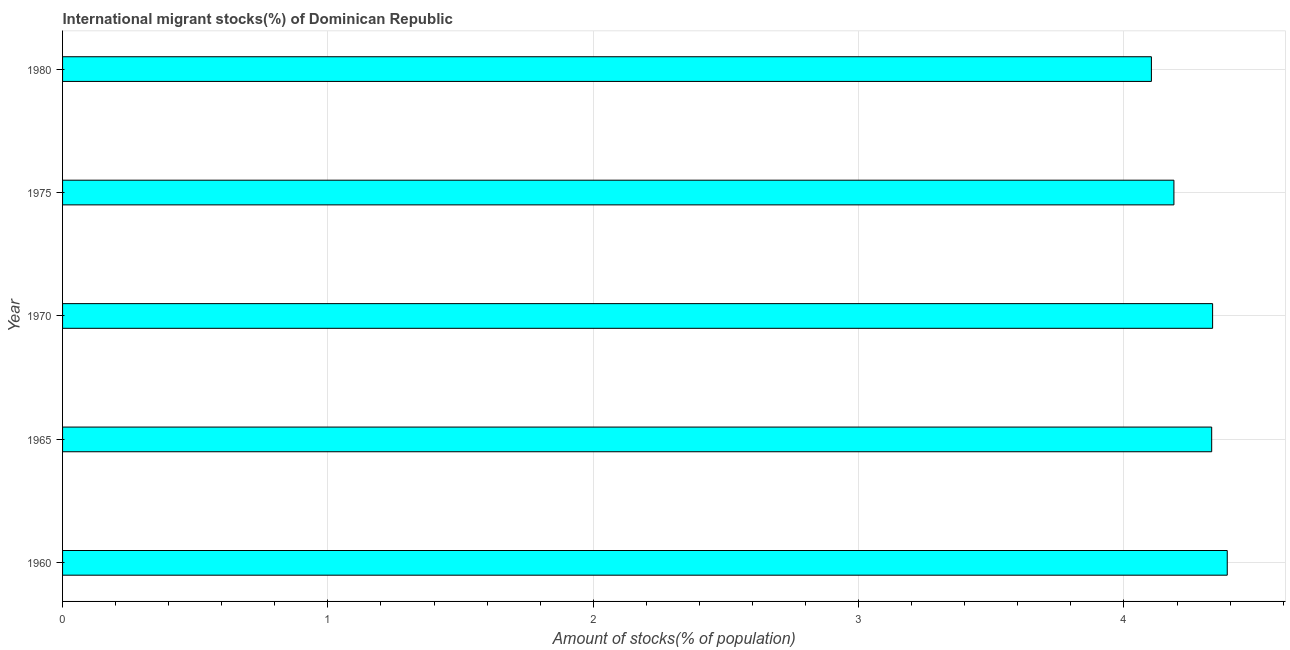
| Year | International migrant stock |
 | --- | --- |
 | 1960 | 4.39 |
 | 1965 | 4.33 |
 | 1970 | 4.33 |
 | 1975 | 4.19 |
 | 1980 | 4.1 |